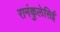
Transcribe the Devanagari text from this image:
रानंकुलेसिई